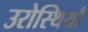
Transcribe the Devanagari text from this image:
उरोस्थियाँ